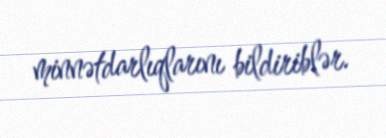
minnətdarlıqlarını bildiriblər.